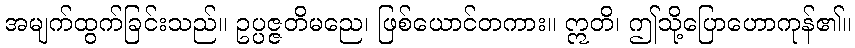
အမျက်ထွက်ခြင်းသည်။ ဥပ္ပဇ္ဇတိမညေ၊ ဖြစ်ယောင်တကား။ ဣတိ၊ ဤသို့ပြောဟောကုန်၏။